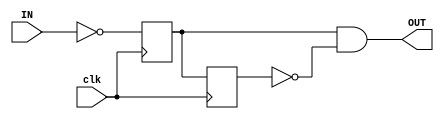
// edge detect module
// Commandeered from Dr. Saar Drimer (https://www.boldport.com/blog/2015/4/3/edge-detect-ad-nauseam)
module edge_detect(
  input clk,
  // Unspecific inputs and outputs
  // e.g.
  input IN,
  output OUT
  );

  // Very similar to our previous edge detect module:

  reg a, b;

  wire enter;

  // reset unassigned
  assign enter = ~IN;

// the edge detect signal is (b AND (NOT a))
  assign OUT = a & !b;

  always @(posedge clk) begin
    a <= enter;
    b <= a;
  end
endmodule